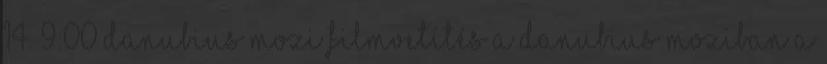
14. 9:00 DANUBIUS MOZI Filmvetítés a Danubius moziban a